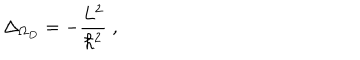
\Delta _ { \Omega _ { { D } } } = - \frac { L ^ { 2 } } { \hbar ^ { 2 } } \; ,